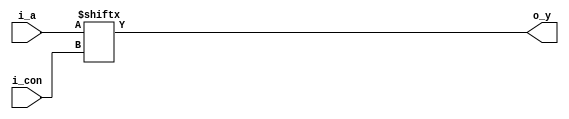
`timescale 1ns / 1ps
//////////////////////////////////////////////////////////////////////////////////
// Company: 
// Engineer: 
// 
// Design Name: 
// Module Name:    Multiplexor_estructural 
// Project Name: 
// Target Devices: 
// Tool versions: 
// Description: 
//
// Dependencies: 
//
// Revision: 
// Revision 0.01 - File Created
// Additional Comments: 
//
//////////////////////////////////////////////////////////////////////////////////
module Multiplexor_estructural( 
	input wire [3:0] i_a,
	input wire [1:0] i_con,
	output wire o_y
    );

	assign o_y = i_a[i_con]; 

endmodule